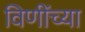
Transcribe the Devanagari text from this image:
विणींच्या